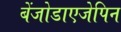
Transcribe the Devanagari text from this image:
बेंजोडाएजेपिन